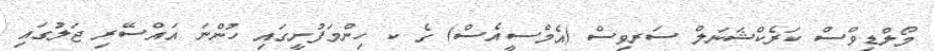
މޯލްޑިވްސް ކަރެކްޝަނަލް ސަރވިސް (އެމްސީއެސް) ގެ ކ ހިންމަފުށީގައި ހުންނަ އައްސޭރި ޖަލުގައި